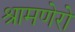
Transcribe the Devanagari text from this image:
श्रामणेरो